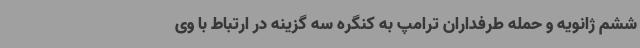
ششم ژانویه و حمله طرفداران ترامپ به کنگره سه گزینه در ارتباط با وی